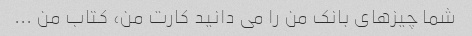
شما چیزهای بانک من را می دانید کارت من، کتاب من ...